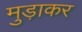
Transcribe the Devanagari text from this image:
मुड़ाकर